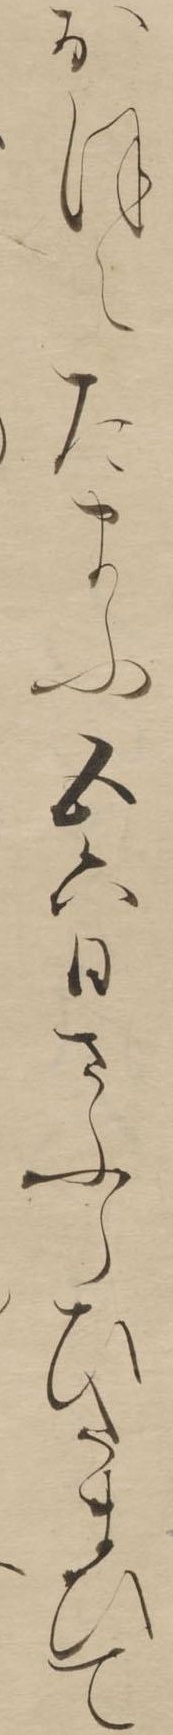
おほえたまふ五六日さふらひたまひて